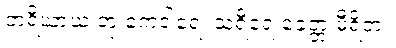
ဘရိယာယံ တု ကေဒါရေ၊ သရီရေ ခေတ္တ မီရိတံ။